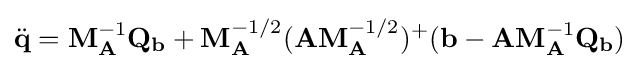
{\ddot {\mathbf {q} }}=\mathbf {M} _{\mathbf {A} }^{-1}\mathbf {Q} _{\mathbf {b} }+\mathbf {M} _{\mathbf {A} }^{-1/2}(\mathbf {A} \mathbf {M} _{\mathbf {A} }^{-1/2})^{+}(\mathbf {b} -\mathbf {A} \mathbf {M} _{\mathbf {A} }^{-1}\mathbf {Q} _{\mathbf {b} })